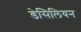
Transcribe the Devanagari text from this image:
डेसिलियन